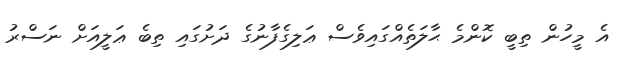
އެ މީހުން ތިބީ ކޮންމެ ޙާލަތެއްގައިވެސް ޢަލިގެފާނުގެ ދަށުގައި ތިބެ ޢަލީއަށް ނަސްރު